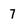
Character: 7